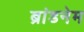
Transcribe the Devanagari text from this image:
ब्रांडनेम